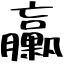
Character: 臝